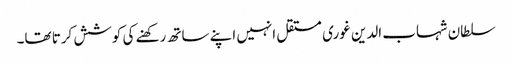
سلطان شہاب الدین غوری مستقل انہیں اپنے ساتھ رکھنے کی کوشش کرتا تھا۔